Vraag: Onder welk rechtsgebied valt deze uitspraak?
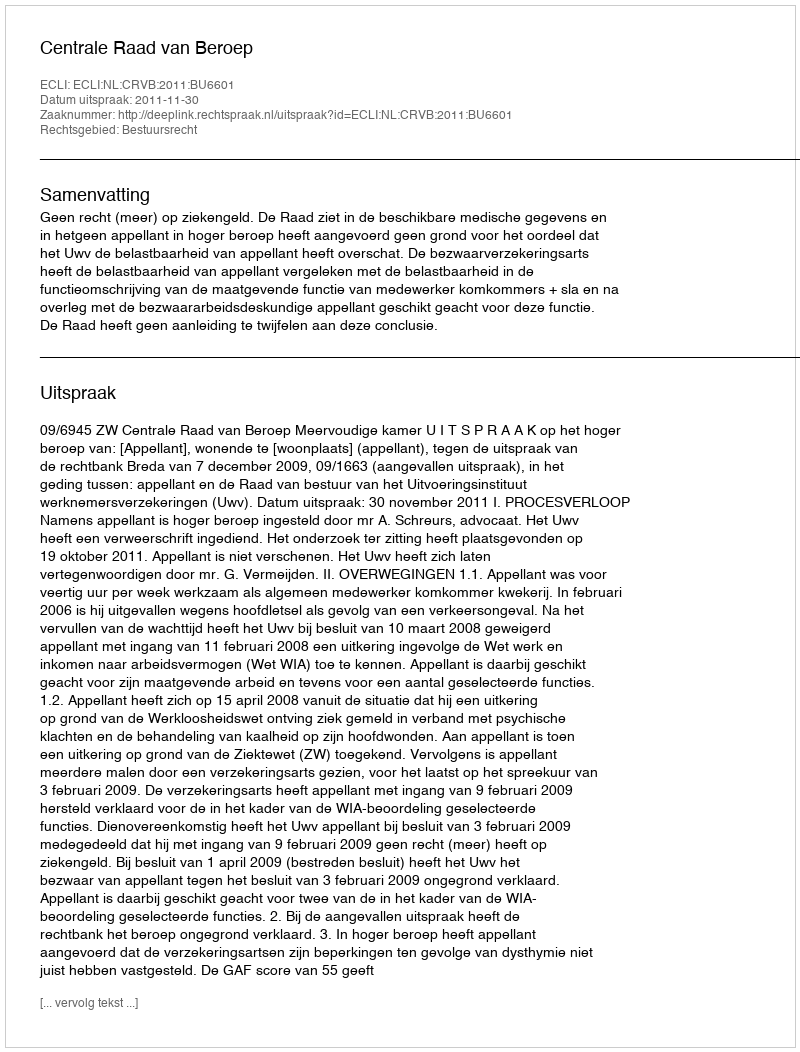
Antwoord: Bestuursrecht